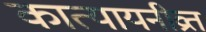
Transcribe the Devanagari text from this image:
कात्यायनीव्रत